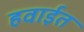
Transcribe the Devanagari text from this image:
हवाईत